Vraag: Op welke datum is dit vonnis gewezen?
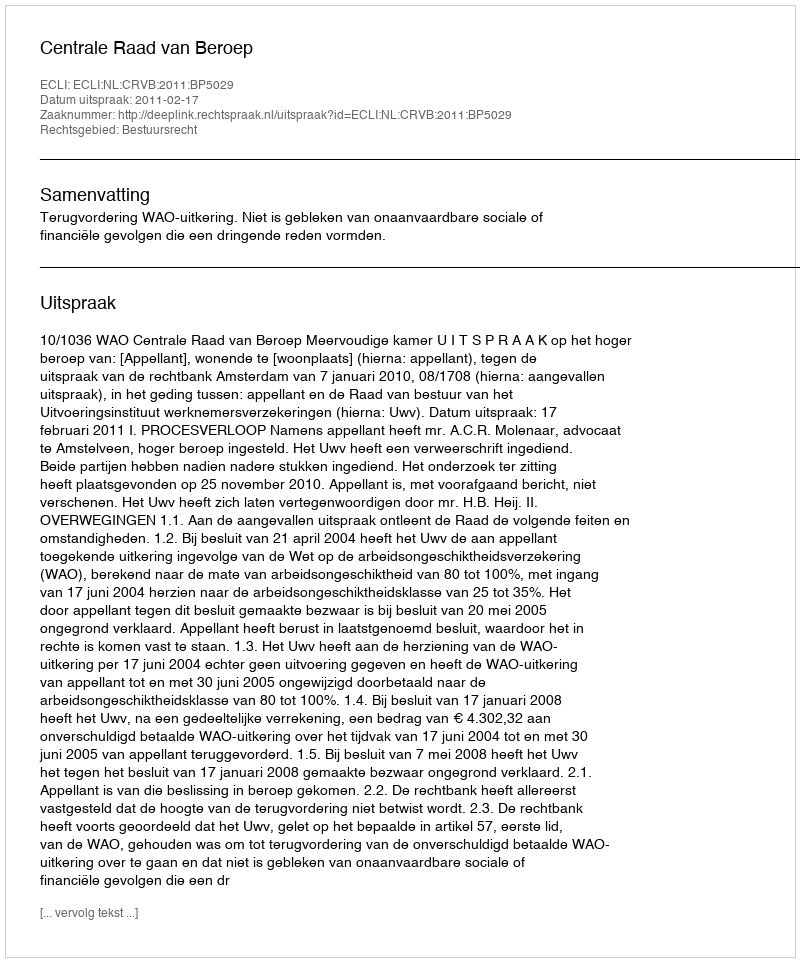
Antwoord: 2011-02-17